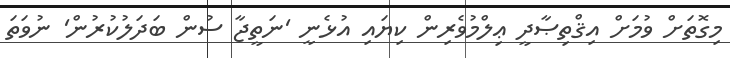
މިގޮތަށް ވުމަށް އިޤްތިޞާދީ ޢިލްމުވެރިން ކިޔައި އުޅެނީ 'ނަތީޖާ ސުން ބަދަލުކުރުން' ނުވަތަ